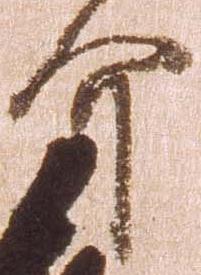
介